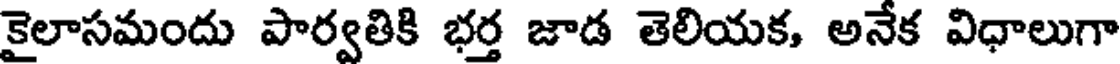
కైలాసమందు పార్వతికి భర్త జాడ తెలియక, అనేక విధాలుగా